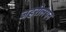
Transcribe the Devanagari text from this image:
जहरीलेपन